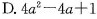
D. 4a^{2}-4a+1